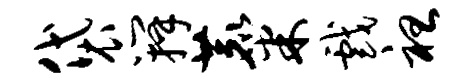
袋瓣麋戏袒